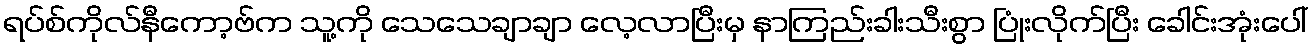
ရပ်စ်ကိုလ်နီကော့ဗ်က သူ့ကို သေသေချာချာ လေ့လာပြီးမှ နာကြည်းခါးသီးစွာ ပြုံးလိုက်ပြီး ခေါင်းအုံးပေါ်